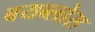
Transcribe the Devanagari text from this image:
बयब्लोस